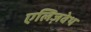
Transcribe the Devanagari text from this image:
एलिज़वेथ